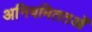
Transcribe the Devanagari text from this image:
अनियमिततओं